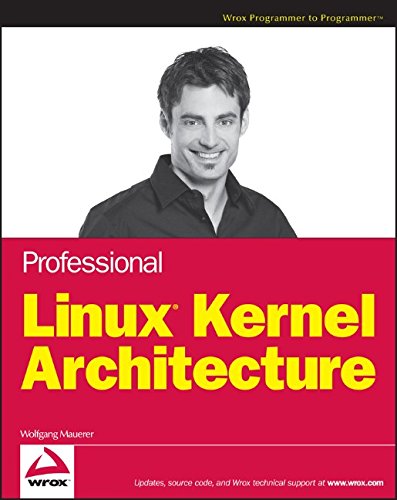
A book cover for Professional Linux Kernel Architecture; Wolfgang Mauerer; Computers & Technology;